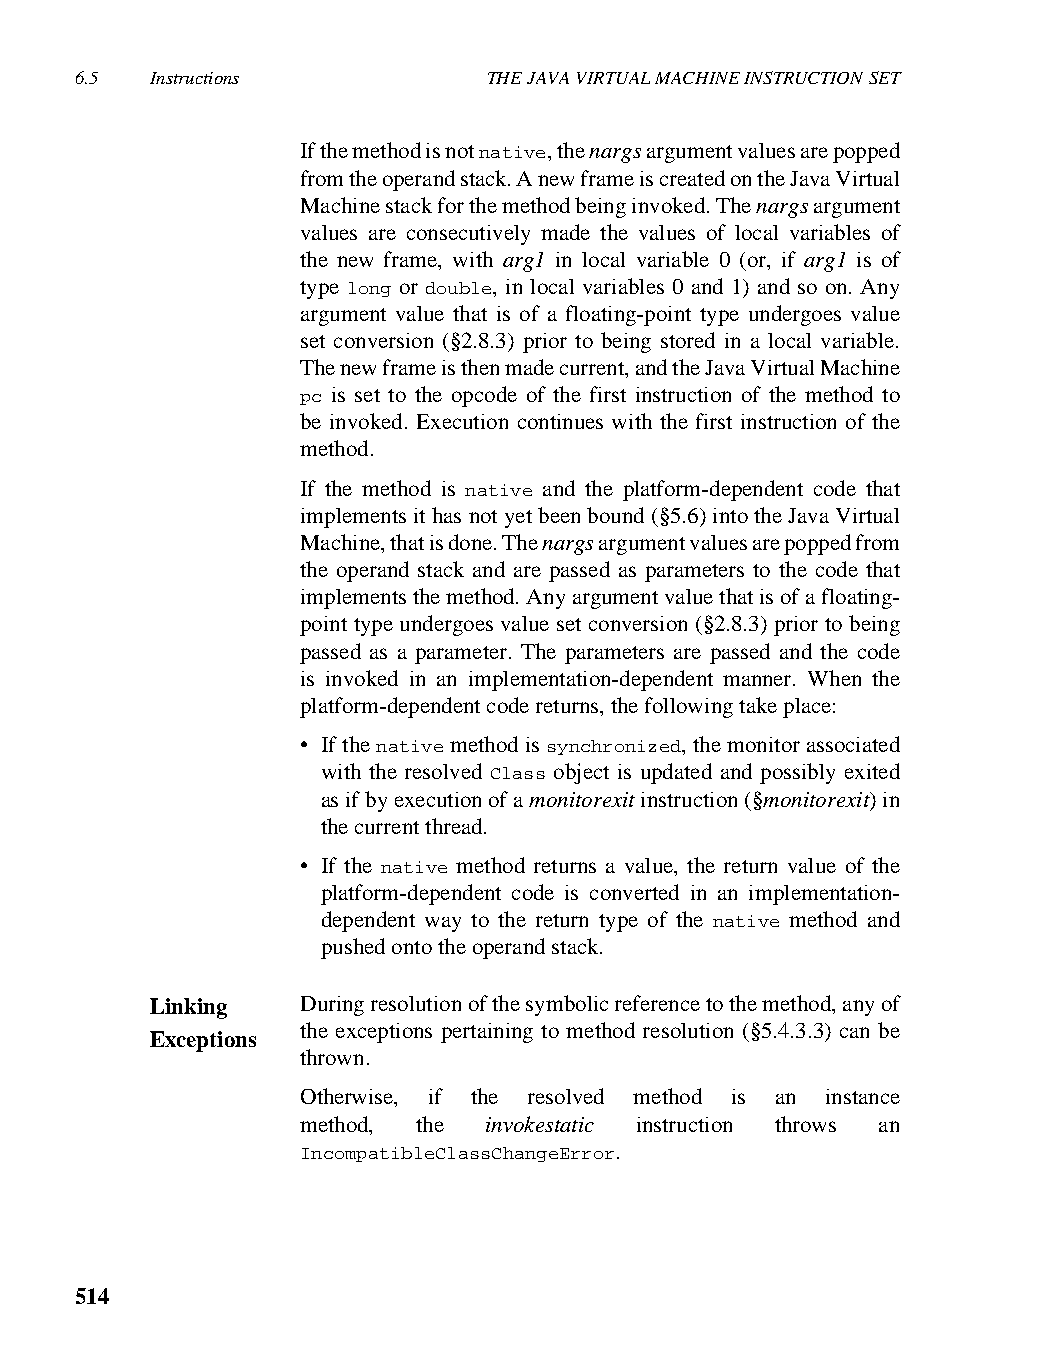
6.5  Instructions          THE JAVA VIRTUAL MACHINE INSTRUCTION SET
 If the method is not native, the nargs argument values are popped
 from the operand stack. A new frame is created on the Java Virtual
 Machine stack for the method being invoked. The nargs argument
 values are consecutively made the values of local variables of
 the new frame, with arg1 in local variable 0 (or, if arg1 is of
 type long or double, in local variables 0 and 1) and so on. Any
 argument value that is of a floating-point type undergoes value
 set conversion (§2.8.3) prior to being stored in a local variable.
 The new frame is then made current, and the Java Virtual Machine
 pc is set to the opcode of the first instruction of the method to
 be invoked. Execution continues with the first instruction of the
 method.
 If the method is native and the platform-dependent code that
 implements it has not yet been bound (§5.6) into the Java Virtual
 Machine, that is done. The nargs argument values are popped from
 the operand stack and are passed as parameters to the code that
 implements the method. Any argument value that is of a floating-
 point type undergoes value set conversion (§2.8.3) prior to being
 passed as a parameter. The parameters are passed and the code
 is invoked in an implementation-dependent manner. When the
 platform-dependent code returns, the following take place:
 • If the native method is synchronized, the monitor associated
 with the resolved Class object is updated and possibly exited
 as if by execution of a monitorexit instruction (§monitorexit) in
 the current thread.
 • If the native method returns a value, the return value of the
 platform-dependent code is converted in an implementation-
 dependent way to the return type of the native method and
 pushed onto the operand stack.
 Linking   During resolution of the symbolic reference to the method, any of
 the exceptions pertaining to method resolution (§5.4.3.3) can be
 Exceptions
 thrown.
 Otherwise, if the resolved method is an instance
 method, the invokestatic instruction throws an
 IncompatibleClassChangeError.
 514